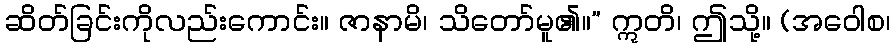
ဆိတ်ခြင်းကိုလည်းကောင်း။ ဇာနာမိ၊ သိတော်မူ၏။” ဣတိ၊ ဤသို့။ (အဝေါစ၊